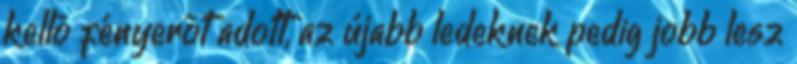
kellõ fényerõt adott, az újabb ledeknek pedig jobb lesz